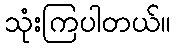
သုံးကြပါတယ်။